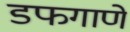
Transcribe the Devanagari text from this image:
डफगाणे